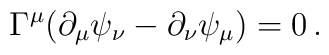
\Gamma^\mu (\partial_\mu \psi_\nu - \partial_\nu \psi_\mu ) = 0 \,.